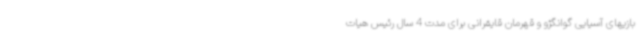
بازیهای آسیایی گوانگژو و قهرمان قایقرانی برای مدت 4 سال رئیس هیات